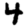
Digit: 4